Medical and sanitary report of the native army of Bengal for the year
Year: 1874
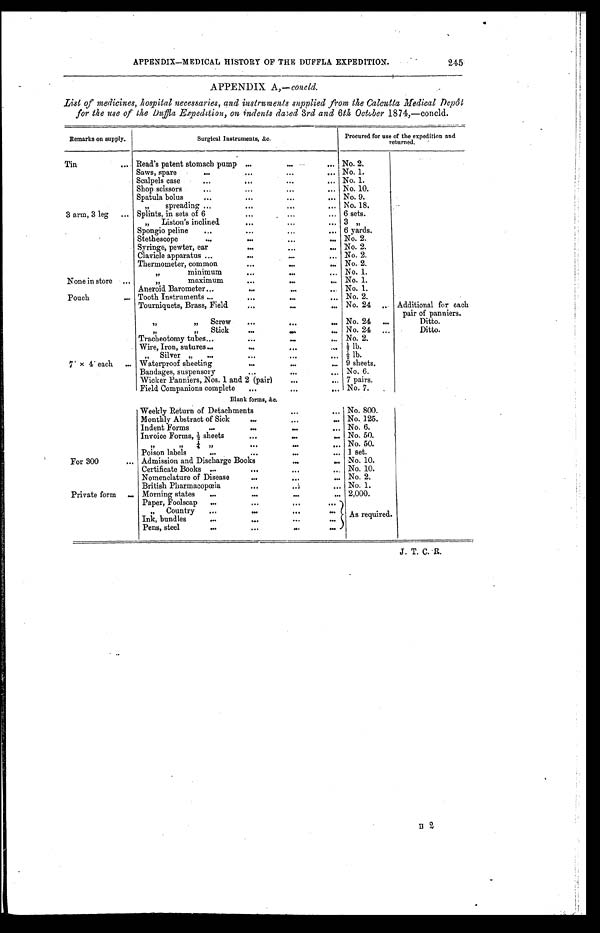
APPENDIX—MEDICAL HISTORY OF THE DUFFLA EXPEDITION.
245
APPENDIX A,—concld.
List of medicines, hospital necessaries, and instruments supplied from the Calcutta Medical Depôt
for the use of the Duda Expedition, on indents dared 3rd and 6th, October 1874,—concld.
Remarks on supply.
S u r g i c a l I n s t r u m e n t s , & c .
Procured for use of the expedition and
returned.
Tin
Read's patent stomach pump
No. 2.
Saws, spare
No. 1.
Scalpels case
No. 1.
Shop scissors
No. 10.
Spatula bolus
No. 9.
" spreading
No. 18.
3 arm, 3 leg
Splints, in sets of 6
6 sets.
.
" Liston's inclined
3 "
Spongio peline
6 yards.
Stethescope
No. 2.
Syringe, pewter, ear
No. 2.
Clavicle apparatus
No. 2.
Thermometer, common
No. 2.
" minimum
No. 1.
None in store
" maximum
No. 1.
Aneroid Barometer
No. 1.
Pouch
Tooth Instruments
No. 2.
Tourniquets, Brass, Field
No. 24
Additional for each
pair of panniers.
" Screw
No. 24
Ditto.
" Stick
No. 24
Ditto.
Tracheotomy tubes
No. 2.
Wire, Iron, sutures
½ lb.
" Silver "
½ lb.
7' x 4' each
Waterproof sheeting
9 sheets,
Bandages, suspensory
No. 6.
Wicker Panniers, Nos. 1 and 2 (pair)
7 pairs.
Field Companions complete
No. 7.
Blank forms, &c.
Weekly Return of Detachments
800.
Monthly Abstract of Sick
No. 125.
Indent Forms
No. 6.
Invoice Forms, ½ sheets
No. 50.
" " ¼ "
No. 50.
Poison labels
1 set.
For 300
Admission and Discharge Books
No. 10.
Certificate Books
No. 10.
Nomenclature of Disease
No. 2.
British Pharmacopœia
No. 1.
Private form
Morning states
2,000.
Paper, Foolscap
As required.
" Country
Ink, bundles
Pens, steel
J. T. C. R.
II 2